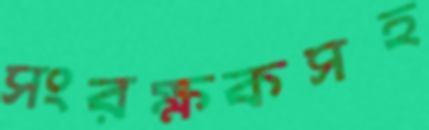
সংরক্ষকসহ